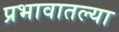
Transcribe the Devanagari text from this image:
प्रभावातल्या